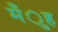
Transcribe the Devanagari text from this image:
मँुह